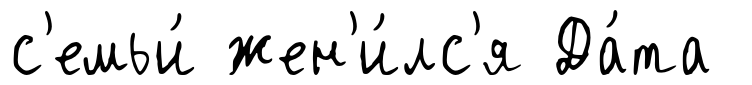
с'емьи́ жен'и́лс'я Да́та